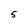
Character: 5